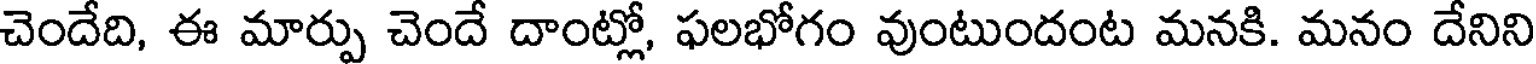
చెందేది, ఈ మార్పు చెందే దాంట్లో, ఫలభోగం వుంటుందంట మనకి. మనం దేనిని